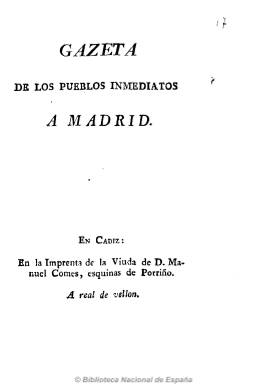
Título: Gazeta de los pueblos inmediatos a Madrid
Otros títulos: Gaceta de los pueblos inmediatos a Madrid
Colección: Gacetas
Ámbito geográfico: Cádiz
Lugar de publicación: Cádiz
Fechas: 01/01/1808-31/12/1808

Único ejemplar que se conserva de este periódico patriótico estampado en Cádiz, en la Imprenta de la Viuda de D. Manuel Comes, de ocho páginas, publicado cuando el gobierno napoleónico abandona precipitadamente Madrid, tras la primera derrota de su ejército en Bailén (Jaén) el 19 de julio de 1808.

Contiene unas crónicas burlescas de estilo más bien pobre referidas a Carabanchel, Maudes, Valverde, Boadilla del Monte, Alcorcón y Sacedón de Canales, datadas entre el 28 de agosto y el 8 de septiembre de 1808.